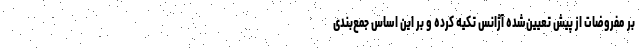
بر مفروضات از پیش تعیین‌شده آژانس تکیه کرده و بر این اساس جمع‌بندی